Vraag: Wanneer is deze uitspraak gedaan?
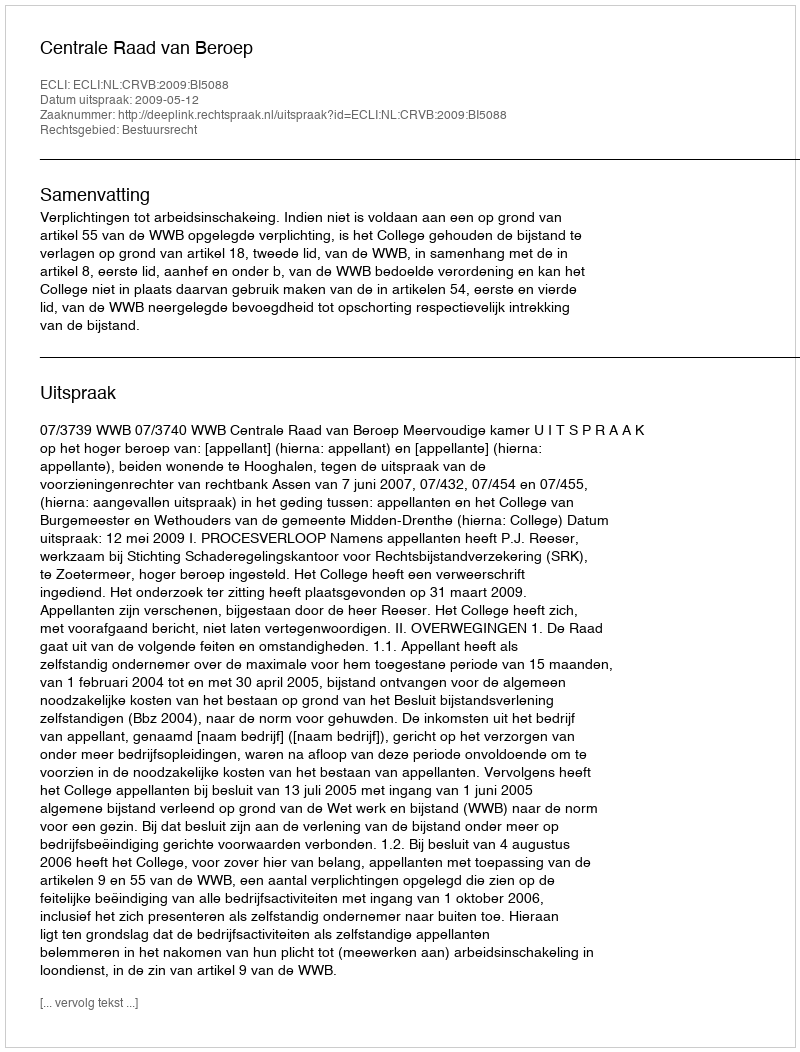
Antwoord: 2009-05-12